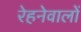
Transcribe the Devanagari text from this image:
रेहनेवालों